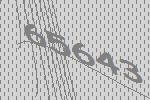
65643